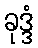
ခုဒ္ဒံ